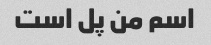
اسم من پل است